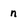
Character: n